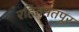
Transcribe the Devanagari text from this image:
रहितमतपूर